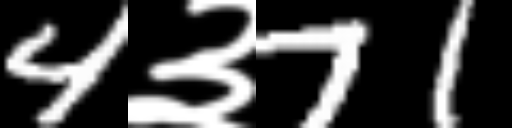
Text: 4३71